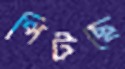
পিটছে